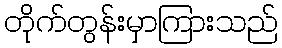
တိုက်တွန်းမှာကြားသည်